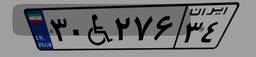
۳۰W۲۷۶۳۴